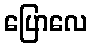
ပြောလေ